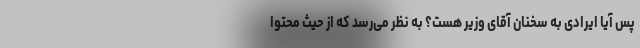
پس آیا ایرادی به سخنان آقای وزیر هست؟ به نظر می‌رسد که از حیث محتوا